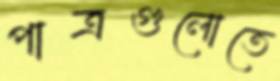
পাত্রগুলোতে